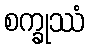
စက္ခုဿံ